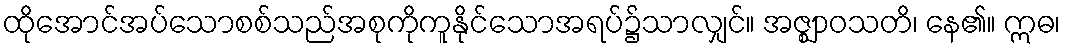
ထိုအောင်အပ်သောစစ်သည်အစုကိုကူနိုင်သောအရပ်၌သာလျှင်။ အဇ္ဈာဝသတိ၊ နေ၏။ ဣဓ၊